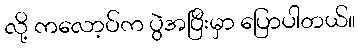
လို့ ကလော့ပ်က ပွဲအပြီးမှာ ပြောပါတယ်။